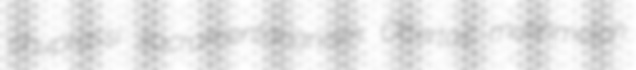
chuprassi sacramentarianism Ottertail mushmelon